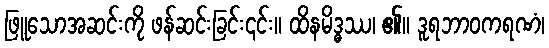
ဖြူသောအဆင်းကို ဖန်ဆင်းခြင်း၎င်း။ ထိနမိဒ္ဓဿ၊ ၏။ ဒူရဘာဝကရဏံ၊